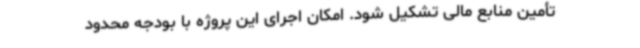
تأمین منابع مالی تشکیل شود. امکان اجرای این پروژه با بودجه محدود